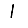
Digit: 1